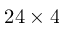
2 4 \times 4